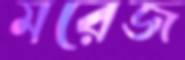
মরেজ